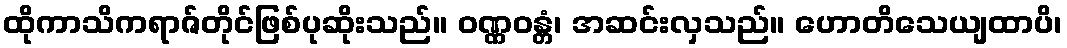
ထိုကာသိကရာဇ်တိုင်ဖြစ်ပုဆိုးသည်။ ဝဏ္ဏဝန္တံ၊ အဆင်းလှသည်။ ဟောတိသေယျထာပိ၊